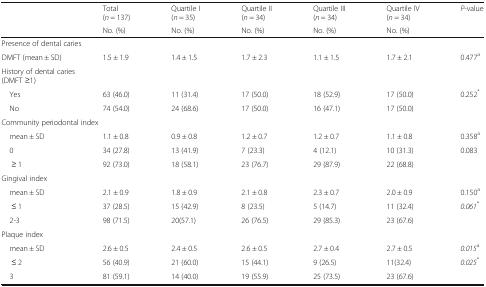
<table><thead><tr><td rowspan="2"></td><td><b>Total(<i>n</i> = 137)</b></td><td><b>Quartile I(<i>n</i> = 35)</b></td><td><b>Quartile II(<i>n</i> = 34)</b></td><td><b>Quartile III(<i>n</i> = 34)</b></td><td><b>Quartile IV(<i>n</i> = 34)</b></td><td rowspan="2"><b><i>P</i>-value</b></td></tr><tr><td><b>No. (%)</b></td><td><b>No. (%)</b></td><td><b>No. (%)</b></td><td><b>No. (%)</b></td><td><b>No. (%)</b></td></tr></thead><tbody><tr><td colspan="7">Presence of dental caries</td></tr><tr><td>DMFT (mean ± SD)</td><td>1.5 ± 1.9</td><td>1.4 ± 1.5</td><td>1.7 ± 2.3</td><td>1.1 ± 1.5</td><td>1.7 ± 2.1</td><td>0.477<sup>a</sup></td></tr><tr><td colspan="7">History of dental caries(DMFT ≥1)</td></tr><tr><td> Yes</td><td>63 (46.0)</td><td>11 (31.4)</td><td>17 (50.0)</td><td>18 (52.9)</td><td>17 (50.0)</td><td>0.252<sup>*</sup></td></tr><tr><td> No</td><td>74 (54.0)</td><td>24 (68.6)</td><td>17 (50.0)</td><td>16 (47.1)</td><td>17 (50.0)</td><td></td></tr><tr><td colspan="7">Community periodontal index</td></tr><tr><td> mean ± SD</td><td>1.1 ± 0.8</td><td>0.9 ± 0.8</td><td>1.2 ± 0.7</td><td>1.2 ± 0.7</td><td>1.1 ± 0.8</td><td>0.358<sup>a</sup></td></tr><tr><td> 0</td><td>34 (27.8)</td><td>13 (41.9)</td><td>7 (23.3)</td><td>4 (12.1)</td><td>10 (31.3)</td><td>0.083</td></tr><tr><td>≥ 1</td><td>92 (73.0)</td><td>18 (58.1)</td><td>23 (76.7)</td><td>29 (87.9)</td><td>22 (68.8)</td><td></td></tr><tr><td colspan="7">Gingival index</td></tr><tr><td> mean ± SD</td><td>2.1 ± 0.9</td><td>1.8 ± 0.9</td><td>2.1 ± 0.8</td><td>2.3 ± 0.7</td><td>2.0 ± 0.9</td><td>0.150<sup>a</sup></td></tr><tr><td>≤ 1</td><td>37 (28.5)</td><td>15 (42.9)</td><td>8 (23.5)</td><td>5 (14.7)</td><td>11 (32.4)</td><td><i>0.061</i><sup>*</sup></td></tr><tr><td> 2-3</td><td>98 (71.5)</td><td>20(57.1)</td><td>26 (76.5)</td><td>29 (85.3)</td><td>23 (67.6)</td><td></td></tr><tr><td colspan="7">Plaque index</td></tr><tr><td> mean ± SD</td><td>2.6 ± 0.5</td><td>2.4 ± 0.5</td><td>2.6 ± 0.5</td><td>2.7 ± 0.4</td><td>2.7 ± 0.5</td><td><i>0.015</i><sup>a</sup></td></tr><tr><td>≤ 2</td><td>56 (40.9)</td><td>21 (60.0)</td><td>15 (44.1)</td><td>9 (26.5)</td><td>11(32.4)</td><td><i>0.025</i><sup>*</sup></td></tr><tr><td> 3</td><td>81 (59.1)</td><td>14 (40.0)</td><td>19 (55.9)</td><td>25 (73.5)</td><td>23 (67.6)</td><td></td></tr></tbody></table>